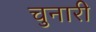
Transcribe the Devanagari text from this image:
चुनारी